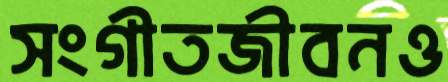
সংগীতজীবনও